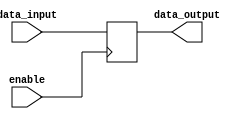
module buffer_module (
    input wire data_input,
    input wire enable,
    output reg data_output
);

always @ (posedge enable) begin
    if (enable) begin
        data_output <= data_input;
    end
end

endmodule